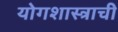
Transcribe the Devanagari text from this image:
योगशास्त्राची